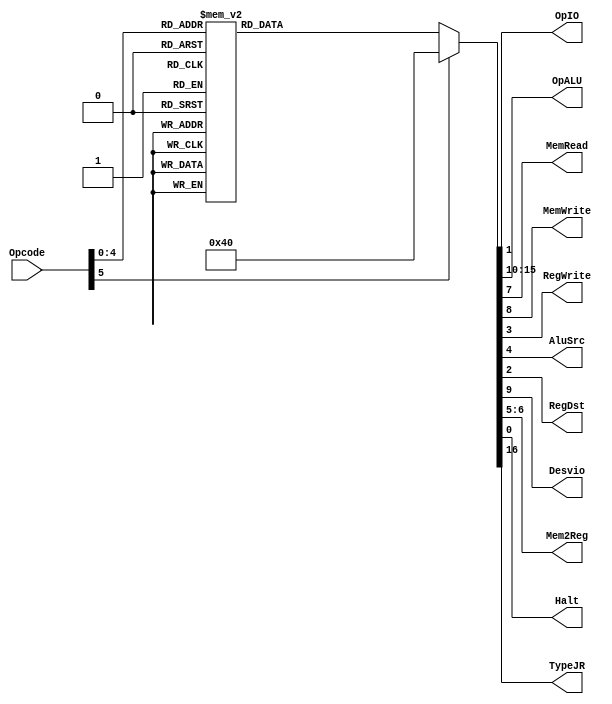
module UnidadedeControle(Opcode,OpIO,OpALU,MemRead,MemWrite,RegWrite,AluSrc,RegDst,Desvio,Mem2Reg,Halt,TypeJR);

	input [5:0] Opcode;
	output reg OpIO,MemRead,MemWrite,RegWrite,AluSrc,RegDst,Desvio,Halt,TypeJR;
	output reg[5:0] OpALU;
	output reg[1:0] Mem2Reg;

	always@(Opcode)
	begin
		Halt = 1'B0;

		case(Opcode)
			6'B000000: // ARITMETICAS
			begin
			OpIO 		= 1'B0;
			RegDst 	= 1'B1;
			RegWrite = 1'B1;
			AluSrc 	= 1'B0;
			Mem2Reg 	= 2'B10;
			MemRead 	= 1'B0;
			MemWrite = 1'B0;
			Desvio 	= 1'B0;
			OpALU 	= 6'B000000;
			TypeJR = 1'B0;
			end
			
			6'B000001: // LOGICAS
			begin
			OpIO 		= 1'B0;
			RegDst 	= 1'B1;
			RegWrite = 1'B1;
			AluSrc 	= 1'B0;
			Mem2Reg 	= 2'B10;
			MemRead 	= 1'B0;
			MemWrite = 1'B0;
			Desvio 	= 1'B0;
			OpALU 	= 6'B000000;
			TypeJR = 1'B0;
			end
			
			6'B000010: // ADDI
			begin
			OpIO 		= 1'B0;
			RegDst 	= 1'B0;
			RegWrite = 1'B1;
			AluSrc 	= 1'B1;
			Mem2Reg 	= 2'B10;
			MemRead 	= 1'B0;
			MemWrite = 1'B0;
			Desvio 	= 1'B0;
			OpALU 	= 6'B000000;
			TypeJR = 1'B0;
			end
			
			6'B000011: // MOVE
			begin
			OpIO 		= 1'B0;
			RegDst 	= 1'B0;
			RegWrite = 1'B1;
			AluSrc 	= 1'B1;
			Mem2Reg 	= 2'B10;
			MemRead 	= 1'B0;
			MemWrite = 1'B0;
			Desvio 	= 1'B0;
			OpALU 	= 6'B000000;
			TypeJR   = 1'B0;
			end
			
			6'B000100: // SLT
			begin
			OpIO 		= 1'B0;
			RegDst 	= 1'B1;
			RegWrite = 1'B1;
			AluSrc 	= 1'B0;
			Mem2Reg 	= 2'B10;
			MemRead 	= 1'B0;
			MemWrite = 1'B0;
			Desvio 	= 1'B0;
			OpALU 	= 6'B000000;
			TypeJR = 1'B0;		
			end
			
			6'B000101: // Jump
			begin
			OpIO 		= 1'B0;
			RegDst 	= 1'B1;
			RegWrite = 1'B0;
			AluSrc 	= 1'B1;
			Mem2Reg 	= 2'B10;
			MemRead 	= 1'B0;
			MemWrite = 1'B0;
			Desvio 	= 1'B1;
			OpALU 	= 6'B000000;
			TypeJR = 1'B0;			
			end

			6'B000110: // Load
			begin
			OpIO 		= 1'B0;
			RegDst 	= 1'B0;
			RegWrite = 1'B1;
			AluSrc 	= 1'B1;
			Mem2Reg 	= 2'B00;
			MemRead 	= 1'B1;
			MemWrite = 1'B0;
			Desvio 	= 1'B0;
			OpALU 	= 6'B000000;
			TypeJR = 1'B0;		
			end
			
			6'B000111: // Store
			begin
			OpIO 		= 1'B0;
			RegDst 	= 1'B0;
			RegWrite = 1'B0;
			AluSrc 	= 1'B1;
			Mem2Reg 	= 2'B10;
			MemRead 	= 1'B0;
			MemWrite = 1'B1;
			Desvio 	= 1'B0;
			OpALU 	= 6'B000000;
			TypeJR = 1'B0;		
			end
			
			6'B001000: // IN
			begin
			Halt     = 1'B1;
			OpIO 		= 1'B1;
			RegDst	= 1'B0;
			RegWrite = 1'B1;
			AluSrc 	= 1'B1;
			Mem2Reg 	= 2'B01;
			MemRead 	= 1'B0;
			MemWrite = 1'B0;
			Desvio 	= 1'B0;
			OpALU 	= 6'B000000;
			TypeJR   = 1'B0;		
			end	
	
			6'B001001: // OUT
			begin
			OpIO 		= 1'B1;
			RegDst 	= 1'B0;
			RegWrite = 1'B0;
			AluSrc 	= 1'B1;
			Mem2Reg 	= 2'B01;
			MemRead 	= 1'B0;
			MemWrite = 1'B0;
			Desvio 	= 1'B0;
			OpALU 	= 6'B000000;
			TypeJR   = 1'B0;		
			end
			
			
			6'B001010: // BEQ
			begin
			OpIO 		= 1'B0;
			RegDst 	= 1'B0;
			RegWrite = 1'B0;
			AluSrc 	= 1'B0;
			Mem2Reg 	= 2'B10;
			MemRead 	= 1'B0;
			MemWrite = 1'B0;
			Desvio 	= 1'B1;
			OpALU 	= 6'B000000;
			TypeJR = 1'B0;		
			end
			
			6'B001011: // BNE
			begin
			OpIO 		= 1'B0;
			RegDst 	= 1'B0;
			RegWrite = 1'B0;
			AluSrc 	= 1'B0;
			Mem2Reg 	= 2'B10;
			MemRead 	= 1'B0;
			MemWrite = 1'B0;
			Desvio 	= 1'B1;
			OpALU 	= 6'B000000;
			TypeJR   = 1'B0;
			end
			
			6'B001100: // NOP (12)
			begin
			OpIO 		= 1'B0;
			RegDst 	= 1'B0;
			RegWrite = 1'B0;
			AluSrc 	= 1'B0;
			Mem2Reg 	= 2'B10;
			MemRead 	= 1'B0;
			MemWrite = 1'B0;
			Desvio 	= 1'B0;
			OpALU 	= 6'B000000;
			TypeJR   = 1'B0;
			end
			
			6'B001101: // diff (13)
			begin
			OpIO 		= 1'B0;
			RegDst 	= 1'B1;
			RegWrite = 1'B1;
			AluSrc 	= 1'B0;
			Mem2Reg 	= 2'B10;
			MemRead 	= 1'B0;
			MemWrite = 1'B0;
			Desvio 	= 1'B0;
			OpALU 	= 6'B000000;
			TypeJR   = 1'B0;
			end
			
			6'B001111: // sbt (15)
			begin
			OpIO 		= 1'B0;
			RegDst 	= 1'B1;
			RegWrite = 1'B1;
			AluSrc 	= 1'B0;
			Mem2Reg 	= 2'B10;
			MemRead 	= 1'B0;
			MemWrite = 1'B0;
			Desvio 	= 1'B0;
			OpALU 	= 6'B000000;
			TypeJR = 1'B0;
			end
			
			6'B010000: // equal (SET) (16)
			begin
			OpIO 		= 1'B0;
			RegDst 	= 1'B1;
			RegWrite = 1'B1;
			AluSrc 	= 1'B0;
			Mem2Reg 	= 2'B10;
			MemRead 	= 1'B0;
			MemWrite = 1'B0;
			Desvio 	= 1'B0;
			OpALU 	= 6'B000000;
			TypeJR = 1'B0;
			end
			
			6'B010001: // sbte (17)
			begin
			OpIO 		= 1'B0;
			RegDst 	= 1'B1;
			RegWrite = 1'B1;
			AluSrc 	= 1'B0;
			Mem2Reg 	= 2'B10;
			MemRead 	= 1'B0;
			MemWrite = 1'B0;
			Desvio 	= 1'B0;
			OpALU 	= 6'B000000;
			TypeJR = 1'B0;
			end
			
			6'B010010: // slte (18)
			begin
			OpIO 		= 1'B0;
			RegDst 	= 1'B1;
			RegWrite = 1'B1;
			AluSrc 	= 1'B0;
			Mem2Reg 	= 2'B10;
			MemRead 	= 1'B0;
			MemWrite = 1'B0;
			Desvio 	= 1'B0;
			OpALU 	= 6'B000000;	
			TypeJR = 1'B0;
			end
			
			6'B010011: // JR (19)
			begin
			OpIO 		= 1'B0;
			RegDst 	= 1'B1;
			RegWrite = 1'B0;
			AluSrc 	= 1'B1;
			Mem2Reg 	= 2'B10;
			MemRead 	= 1'B0;
			MemWrite = 1'B0;
			Desvio 	= 1'B1;
			OpALU 	= 6'B000000;
			TypeJR 	= 1'B1;
			end
			
			6'B010100: // SUBI
			begin
			OpIO 		= 1'B0;
			RegDst 	= 1'B0;
			RegWrite = 1'B1;
			AluSrc 	= 1'B1;
			Mem2Reg 	= 2'B10;
			MemRead 	= 1'B0;
			MemWrite = 1'B0;
			Desvio 	= 1'B0;
			OpALU 	= 6'B000000;			
			TypeJR   = 1'B0;
			end
			
			default: // Not operation
			begin
			OpIO 		= 1'B0;
			RegDst 	= 1'B0;
			RegWrite = 1'B0;
			AluSrc 	= 1'B0;
			Mem2Reg 	= 2'B10;
			MemRead 	= 1'B0;
			MemWrite = 1'B0;
			Desvio 	= 1'B0;
			OpALU 	= 6'B000000;
			TypeJR   = 1'B0;
			end
		endcase
	end

endmodule